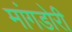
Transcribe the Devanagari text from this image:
मांगडोरी